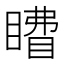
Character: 𰥽